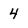
Character: 4